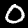
Digit: 0